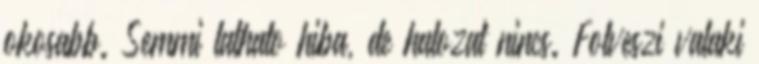
okosabb. Semmi lathato hiba, de halozat nincs. Folveszi valaki